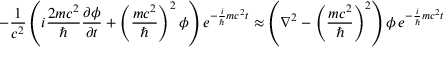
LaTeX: - { \frac { 1 } { c ^ { 2 } } } \left( i { \frac { 2 m c ^ { 2 } } { \hbar } } { \frac { \partial \phi } { \partial t } } + \left( { \frac { m c ^ { 2 } } { \hbar } } \right) ^ { 2 } \phi \right) e ^ { - { \frac { i } { \hbar } } m c ^ { 2 } t } \approx \left( \nabla ^ { 2 } - \left( { \frac { m c ^ { 2 } } { \hbar } } \right) ^ { 2 } \right) \phi \, e ^ { - { \frac { i } { \hbar } } m c ^ { 2 } t }